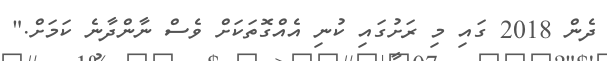
ދެން 2018 ގައި މި ރަށުގައި ކުނި އެއްގޮތަކަށް ވެސް ނާންދާނެ ކަމަށް."